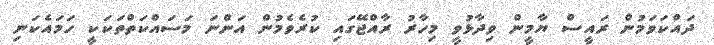
ދައްކަވަމުން ރައީސް ޔާމީން ވިދާޅުވީ މިހާރު ރާއްޖޭގައި ކުރެވެމުން އަންނަ މަސައްކަތްތަކަކީ ހަމައެކަނި